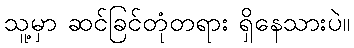
သူ့မှာ ဆင်ခြင်တုံတရား ရှိနေသားပဲ။